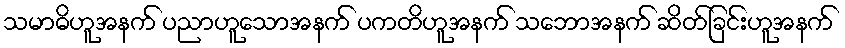
သမာဓိဟူအနက် ပညာဟူသောအနက် ပကတိဟူအနက် သဘောအနက် ဆိတ်ခြင်းဟူအနက်